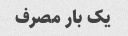
یک بار مصرف